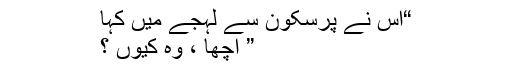
“اس نے پرسکون سے لہجے میں کہا
” اچھا ، وہ کیوں ؟